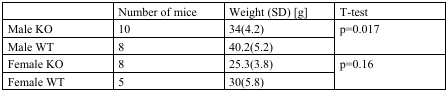
|  | Number of mice | Weight (SD) [g] | T-test |
 | --- | --- | --- | --- |
 | Male KO | 10 | 34(4.2) | <ROWSPAN=2> p=0.017 |
 | Male WT | 8 | 40.2(5.2) |
 | Female KO | 8 | 25.3(3.8) | <ROWSPAN=2> p=0.16 |
 | Female WT | 5 | 30(5.8) |